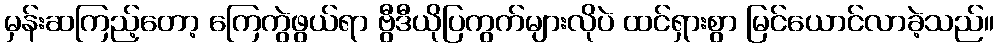
မှန်းဆကြည့်တော့ ကြေကွဲဖွယ်ရာ ဗွီဒီယိုပြကွက်များလိုပဲ ထင်ရှားစွာ မြင်ယောင်လာခဲ့သည်။